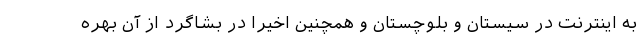
به اینترنت در سیستان و بلوچستان و همچنین اخیرا در بشاگرد از آن بهره